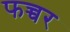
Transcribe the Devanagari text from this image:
फच्चर